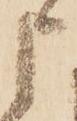
申